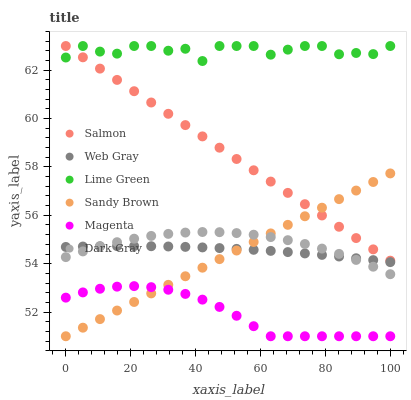
| xaxis_label | Salmon | Web Gray | Lime Green | Sandy Brown | Magenta | Dark Gray |
 | --- | --- | --- | --- | --- | --- | --- |
 | 0 | 63 | 54.7 | 62.5 | 51 | 52.6 | 54.3 |
 | 5.26 | 62.5 | 54.7 | 63 | 51.4 | 52.8 | 54.5 |
 | 10.5 | 62.1 | 54.7 | 62.8 | 51.7 | 53 | 54.7 |
 | 15.8 | 61.6 | 54.7 | 62.7 | 52.1 | 53.1 | 54.9 |
 | 21.1 | 61.1 | 54.7 | 63 | 52.4 | 53.1 | 55 |
 | 26.3 | 60.7 | 54.7 | 63 | 52.8 | 53 | 55.1 |
 | 31.6 | 60.2 | 54.7 | 62.8 | 53.1 | 52.9 | 55.2 |
 | 36.8 | 59.7 | 54.7 | 62.9 | 53.5 | 52.8 | 55.3 |
 | 42.1 | 59.3 | 54.7 | 62.4 | 53.8 | 52.5 | 55.3 |
 | 47.4 | 58.8 | 54.6 | 63 | 54.2 | 52.2 | 55.3 |
 | 52.6 | 58.3 | 54.6 | 63 | 54.5 | 51.8 | 55.3 |
 | 57.9 | 57.9 | 54.6 | 63 | 54.9 | 51.4 | 55.2 |
 | 63.2 | 57.4 | 54.5 | 62.6 | 55.3 | 51 | 55.1 |
 | 68.4 | 56.9 | 54.5 | 62.8 | 55.6 | 51 | 55 |
 | 73.7 | 56.5 | 54.4 | 63 | 56 | 51 | 54.8 |
 | 78.9 | 56 | 54.4 | 63 | 56.3 | 51 | 54.6 |
 | 84.2 | 55.5 | 54.3 | 62.7 | 56.7 | 51 | 54.4 |
 | 89.5 | 55.1 | 54.2 | 62.7 | 57 | 51 | 54.2 |
 | 94.7 | 54.6 | 54.1 | 62.7 | 57.4 | 51 | 53.9 |
 | 100 | 54.1 | 54.1 | 63 | 57.7 | 51 | 53.6 |